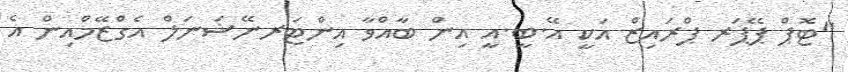
"ޓޮޕް ޕޭޕަރ ޕްރައިޒް އަކީ އޭ.ބީ.އީ އިން ބާއްވާ އިންޓަރނޭޝަނަލް އެގްޒޭމްއިން އެ